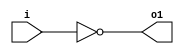
module invert(input wire i, output wire o1);
	assign o1=!i;
endmodule

module and2(input wire i0, i1, output wire o2);
	assign o2=i0&i1;
endmodule

module or2(input wire i0, i1, output wire o3);
	assign o3=i0|i1;
endmodule

module xor2(input wire i0, i1, output wire o4);
	assign o4=i0^i1;
endmodule

module nand2(input wire i0, i1, output wire o5);
	wire t;
	assign t=i0&i1;
	assign o5=!t;
endmodule